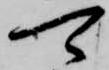
可